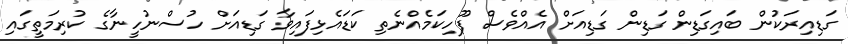
ގަޑިއިރަކުން ބައިގަޑިން ގަޑިން ގަޑިއަށް އެއްވެސް ފޫހިކަމެއްނެތި ކަޑައެޅިފައިވާ ގަޑިއަށް ހުސްނުހީނާގެ ކުރިމަތީގައި